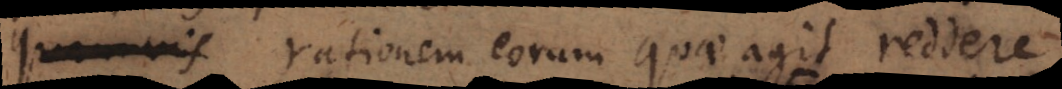
etiamsi rationem eorum quae agit reddere